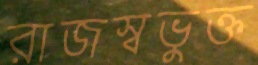
রাজস্বভুক্ত